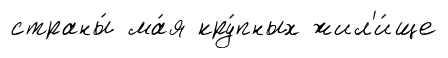
страны́ ма́я кру́пных жил'и́ще